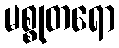
မစ္စုတရော